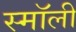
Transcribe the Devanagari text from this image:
स्माॅली